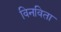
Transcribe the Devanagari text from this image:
विनविता